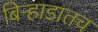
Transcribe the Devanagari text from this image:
बिऱ्हाडातच